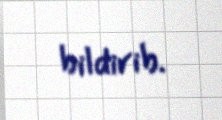
bildirib.